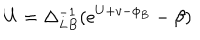
U = \Delta _ { L B } ^ { - 1 } ( e ^ { U + v - \phi _ { B } } - \beta )